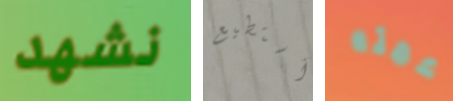
نشهد أستطيع عمته